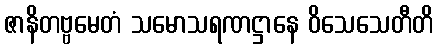
ဇာနိတဗ္ဗမေတံ သမောသရဏဋ္ဌာနေ ဝိသေသေတီတိ